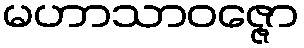
မဟာသာဝဇ္ဇော